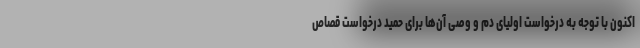
اکنون با توجه به درخواست اولیای دم و وصی آن‌ها برای حمید درخواست قصاص